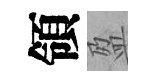
領盈